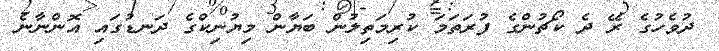
ދުވެހުގެ ރޭ ދެ ކޯޗުންގެ ފުރަތަމަ ކުރިމަތިލުން ބަޔާން މިޔުނިކްގެ ދަނޑުގައި އޮންނާނެ